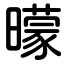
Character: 曚